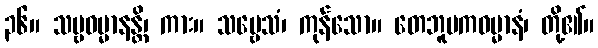
၃၆။ သဗ္ဗဓမ္မာနန္တိ၊ ကား။ သဗ္ဗေသံ၊ ကုန်သော။ တေဘူမကဓမ္မာနံ၊ တို့၏။